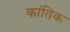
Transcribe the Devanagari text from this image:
कांतिक